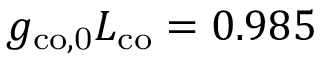
g _ { \mathrm { c o , 0 } } L _ { \mathrm { c o } } = 0 . 9 8 5